Report of the King Institute of Preventive Medicine, Guindy
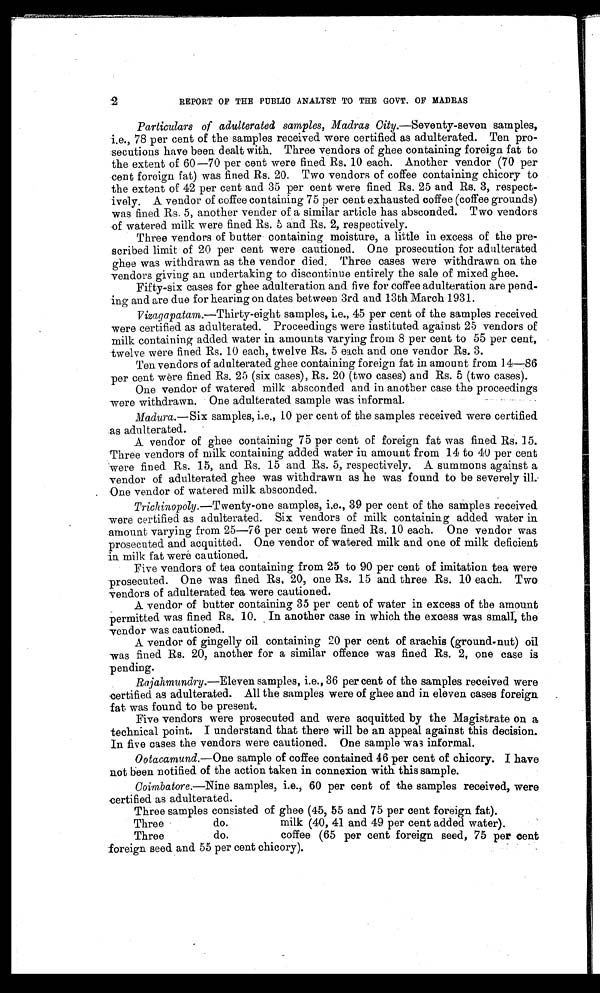
2
REPORT OF THE PUBLIC ANALYST TO THE GOVT. OF MADRAS
Particulars of adulterated samples, Madras City. —Seventy-seven samples,
i.e., 78 per cent of the samples received were certified as adulterated. Ten pro
-
secutions have been dealt with. Three vendors of ghee containing foreign fat to
the extent of 60-70 per cent were fined Rs. 10 each. Another vendor (70 per
cent foreign fat) was fined Rs. 20. Two vendors of coffee containing chicory to
the extent of 42 per cent and 35 per cent were fined Rs. 25 and Rs. 3, respect
-
ively. A vendor of coffee containing 75 per cent exhausted coffee (coffee grounds)
was fined Rs. 5, another vender of a similar article has absconded. Two vendors
of watered milk were fined Rs. 5 and Rs. 2, respectively.
Three vendors of butter containing moisture, a little in excess of the pre
-
scribed limit of 20 per cent were cautioned. One prosecution for adulterated
ghee was withdrawn as the vendor died. Three cases were withdrawn on the
vendors giving an undertaking to discontinue entirely the sale of mixed ghee.
Fifty-six cases for ghee adulteration and five for coffee adulteration are pend
-ing and are due for hearing on dates between 3rd and 13th March 1931.
Vizagapatam. —Thirty-eight samples, i.e., 45 per cent of the samples received
were certified as adulterated. Proceedings were instituted against 25 vendors of
milk containing added water in amounts varying from 8 per cent to 55 per cent,
twelve were fined Rs. 10 each, twelve Rs. 5 each and one vendor Rs. 3.
Ten vendors of adulterated ghee containing foreign fat in amount from 14—86
per cent were fined Rs. 25 (six cases), Rs. 20 (two cases) and Rs. 5 (two cases).
One vendor of watered milk absconded and in another case the proceedings
were withdrawn. One adulterated sample was informal.
Madura.— Six samples, i.e., 10 per cent of the samples received were certified
as adulterated.
A vendor of ghee containing 75 per cent of foreign fat was fined Rs. 15.
Three vendors of milk containing added water in amount from 14 to 40 per cent
were fined Rs. 15, and Rs. 15 and Rs. 5, respectively. A summons against a
vendor of adulterated ghee was withdrawn as he was found to be severely ill.
One vendor of watered milk absconded.
Trichinopoly.— Twenty-one samples, i.e., 39 per cent of the samples received
were certified as adulterated. Six vendors of milk containing added water in
amount varying from 25—76 per cent were fined Rs. 10 each. One vendor was
prosecuted and acquitted. One vendor of watered milk and one of milk deficient
in milk fat were cautioned.
Five vendors of tea containing from 25 to 90 per cent of imitation tea were
prosecuted. One was fined Rs. 20, one Rs. 15 and three Rs. 10 each. Two
vendors of adulterated tea were cautioned.
A vendor of butter containing 35 per cent of water in excess of the amount
permitted was fined Rs. 10. In another case in which the excess was small, the
vendor was cautioned.
A vendor of gingelly oil containing 20 per cent of arachis (ground-nut) oil
was fined Rs. 20, another for a similar offence was fined Rs. 2, one case is
pending.
Rajahmundry.—Eleven samples, i.e., 36 per cent of the samples received were
certified as adulterated. All the samples were of ghee and in eleven cases foreign
fat was found to be present.
Five vendors were prosecuted and were acquitted by the Magistrate on a
technical point. I understand that there will be an appeal against this decision.
In five cases the vendors were cautioned. One sample was informal.
Ootacamund.— One sample of coffee contained 46 per cent of chicory. I have
not been notified of the action taken in connexion with this sample.
Coimbatore.—Nine samples, i.e., 60 per cent of the samples received, were
certified as adulterated.
Three samples consisted of ghee (45, 55 and 75 per cent foreign fat).
Three do. milk (40, 41 and 49 per cent added water).
Three do. coffee (65 per cent foreign seed, 75 per cent
foreign seed and. 55 per cent chicory).